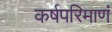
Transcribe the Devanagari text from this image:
कर्षपरिमाणं